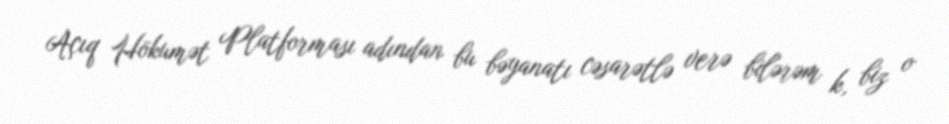
Açıq Hökumət Platforması adından bu bəyanatı cəsarətlə verə bilərəm k, biz o